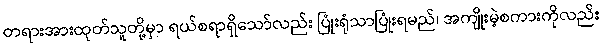
တရားအားထုတ်သူတို့မှာ ရယ်စရာရှိသော်လည်း ပြုံးရုံသာပြုံးရမည်၊ အကျိုးမဲ့စကားကိုလည်း